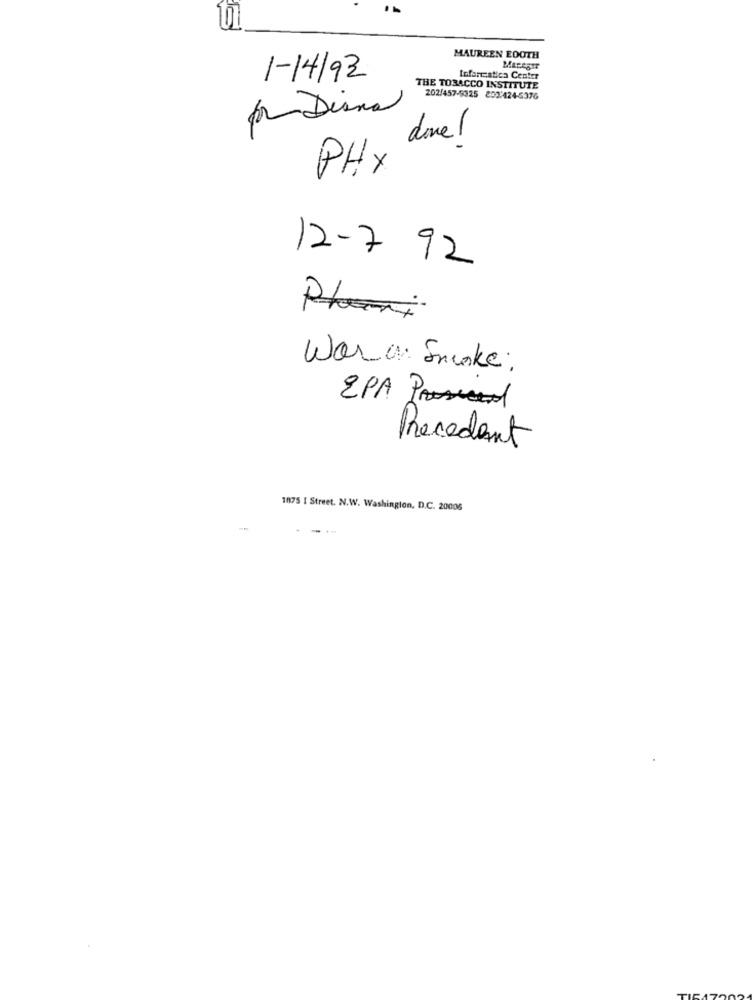
MAUREEN EOOTH
1-14/92
Iofanatica Center
THE TOBACCO INSTITUTE
202/457-5325 803/424-5376
for Diana
done !
PHX
12-7 92
Plan
War on Smoke:
EPA Proc
Precedent
1875 I Street. N.W. Washington, D.C. 20006